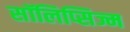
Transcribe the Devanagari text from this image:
सॉलिप्सिज्म